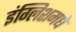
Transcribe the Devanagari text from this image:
इंग्लिशमधे